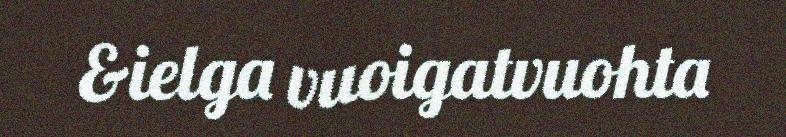
&ielga vuoigatvuohta